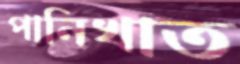
পানিখাত